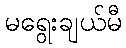
မရွေးချယ်မီ